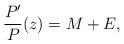
LaTeX: \begin{align*}\frac{P'}{P}(z) = M + E,\end{align*}